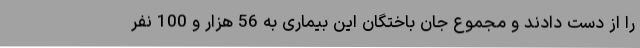
را از دست دادند و مجموع جان باختگان این بیماری به 56 هزار و 100 نفر